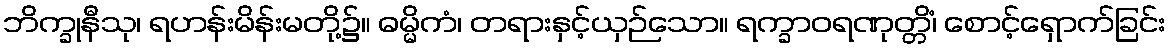
ဘိက္ခုနီသု၊ ရဟန်းမိန်းမတို့၌။ ဓမ္မိကံ၊ တရားနှင့်ယှဉ်သော။ ရက္ခာဝရဏုတ္တိံ၊ စောင့်ရှောက်ခြင်း